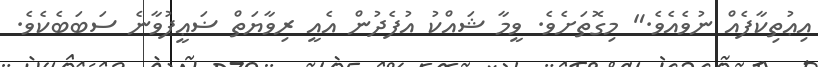
އިޢުތިކާފެއް ނުވެއެވެ." މިގޮތަށެވެ. ވީމާ ޝައްކު އުފެދުން އެއީ ރިވާޔަތް ޟަޢީފުވާނެ ސަބަބެކެވެ.